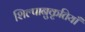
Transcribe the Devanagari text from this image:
शिल्पानुकृतियाँ